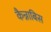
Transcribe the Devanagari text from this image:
कैन्नाबिस